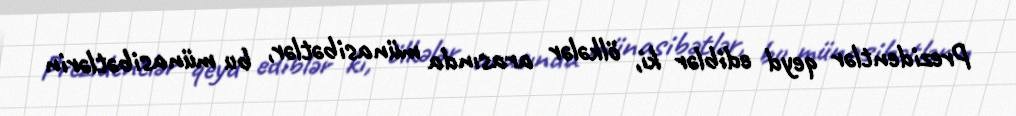
Prezidentlər qeyd ediblər ki, ölkələr arasında münasibətlər, bu münasibətlərin